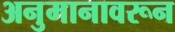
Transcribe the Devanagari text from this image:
अनुमानावरून